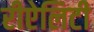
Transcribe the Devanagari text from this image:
रीऐलिटी